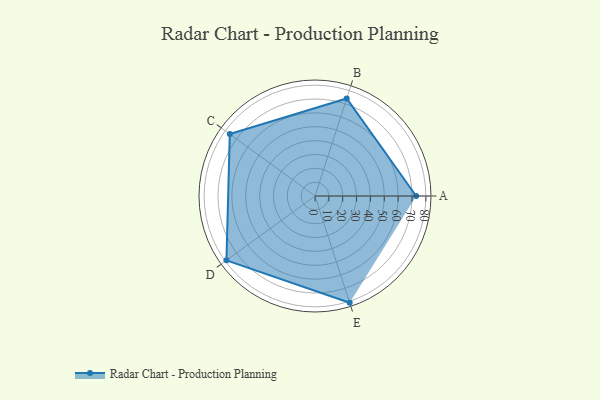
{"axis": {"x": "Skill", "y": "Score"}, "legend": ["Profile"], "data": [{"x": "A", "y": 73.0, "type": "Profile"}, {"x": "B", "y": 74.0, "type": "Profile"}, {"x": "C", "y": 76.0, "type": "Profile"}, {"x": "D", "y": 79.0, "type": "Profile"}, {"x": "E", "y": 81.0, "type": "Profile"}]}